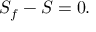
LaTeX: S _ { f } - S = 0 .